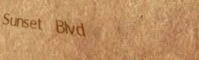
Sunset Blvd